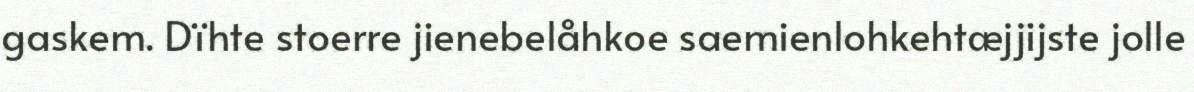
gaskem. Dïhte stoerre jienebelåhkoe saemienlohkehtæjjijste jolle